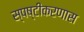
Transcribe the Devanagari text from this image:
स्पष्टीकरणास